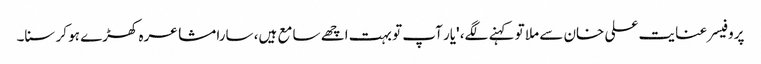
پروفیسر عنایت علی خان سے ملا تو کہنے لگے، 'یار آپ تو بہت اچھے سامع ہیں، سارا مشاعرہ کھڑے ہو کر سنا۔